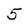
Character: 5